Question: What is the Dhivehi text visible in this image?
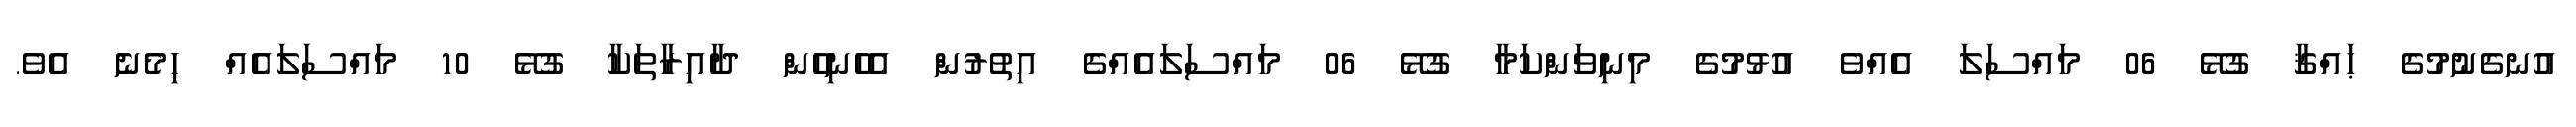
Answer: އުނގެނުމުގެ ޙައްޤާ ގުޅޭ 06 މައްސަލަ އެއްވެ އުޅުމުގެ މިނިވަންކަމާ ގުޅޭ 06 މައްސަލައެއްގެ އިތުރުން އެހެނިހެން ދާއިރާތަކާ ގުޅޭ 10 މައްސަލައެއް ހިމެނެ އެވެ.